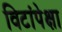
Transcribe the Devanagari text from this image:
विटांपेक्षा